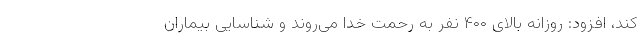
کند، افزود: روزانه بالای ۴۰۰ نفر به رحمت خدا می‌روند و شناسایی بیماران